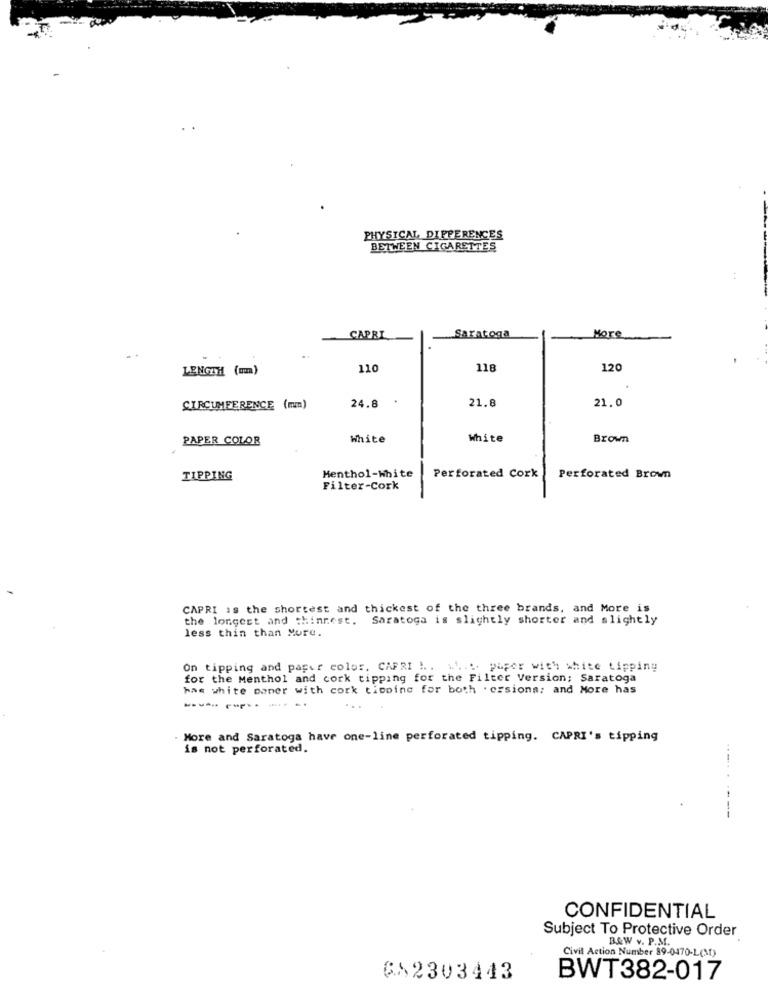
PHYSICAL, DIFFERENCES
BETWEEN CIGARETTES
..
CAPRI
Saratoga
More
..
LENGTH (mm)
110
118
120
21.8
21.0
CIRCUMFERENCE (mm)
24.8
PAPER COLOR
White
White
Brown
Menthol-White
TIPPING
Perforated Cork
Perforated Brown
Filter-Cork
CAPRI is the shortest and thickest of the three brands, and More is
the longest and thinnest. Saratoga is slightly shorter and slightly
less thin than More.
On tipping and paper color, CAPRI !.. ....... paper with white tipping
for the Menthol and cork tipping for the Filter Version; Saratoga
has white paner with cork tipping for both . czsions; and More has
----- --------
More and Saratoga have one-line perforated tipping. CAPRI's tipping
is not perforated.
---- -----
CONFIDENTIAL
Subject To Protective Order
B&W v. P.M.
Civil Action Number 89-0470-L(Mt)
682303443
BWT382-017